Indian journal of veterinary science and animal husbandry - Volume 14,
Year: 1944
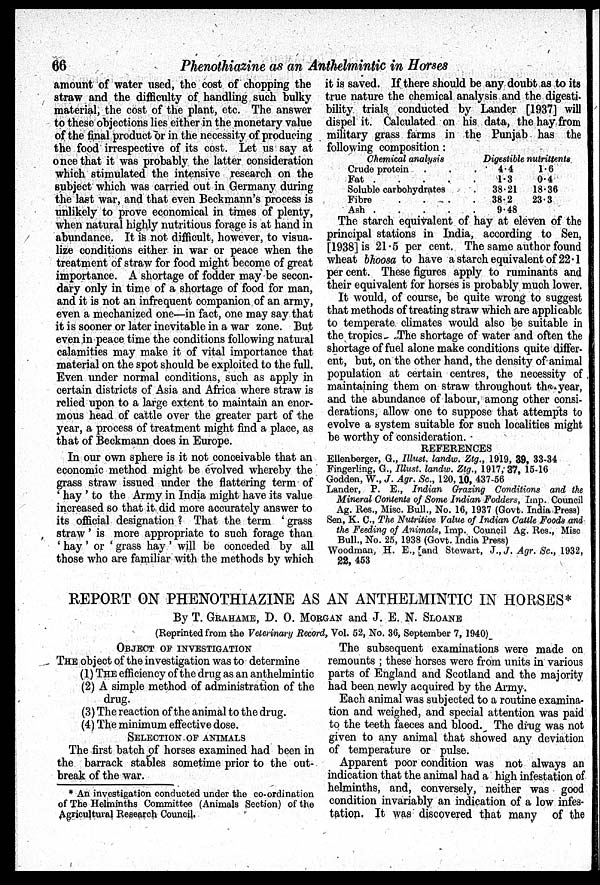
66
Phenothiazine as an Anthelmintic in Horses
amount of water used, the cost of chopping the
straw and the difficulty of handling such bulky
material, the cost of the plant, etc. The answer
to these objections lies either in the monetary value
of the final product or in the necessity of producing
the food irrespective of its cost. Let us say at
once that it was probably the latter consideration
which stimulated the intensive research on the
subject which was carried out in Germany during
the last war, and that even Beckmann's process is
unlikely to prove economical in times of plenty,
when natural highly nutritious forage is at hand in
abundance. It is not difficult, however, to visua-
lize conditions either in war or peace when the
treatment of straw for food might become of great
importance. A shortage of fodder may be secon-
dary only in time of a shortage of food for man,
and it is not an infrequent companion of an army,
even a mechanized one—in fact, one may say that
it is sooner or later inevitable in a war zone. But
even in peace time the conditions following natural
calamities may make it of vital importance that
material on the spot should be exploited to the full.
Even under normal conditions, such as apply in
certain districts of Asia and Africa where straw is
relied upon to a large extent to maintain an enor-
mous head of cattle over the greater part of the
year, a process of treatment might find a place, as
that of Beckmann does in Europe.
In our own sphere is it not conceivable that an
economic method might be evolved whereby the
grass straw issued under the flattering term of
' hay ' to the Army in India might have its value
increased so that it did more accurately answer to
its official designation ? That the term ' grass
straw' is more appropriate to such forage than
' hay ' or ' grass hay ' will be conceded by all
those who are familiar with the methods by which
it is saved. If there should be any doubt as to its
true nature the chemical analysis and the digesti-
bility trials conducted by Lander [1937] will
dispel it. Calculated on his data, the hay from
military grass farms in the Punjab has the
following composition:
Chemical analysis
Crude protein
Fat .
Soluble carbohydrates
Fibre
Ash .
.
.
.
Digestible nutrittents
.
4.4
1.6
1.3 0.4
.
38.21
18.30
.
38.2
23.3
9.48
The starch equivalent of hay at eleven of the
principal stations in India, according to Sen,
[1938] is 21.5 per cent. The same author found
wheat bhoosa to have a starch equivalent of 22.1
per cent. These figures apply to ruminants and
their equivalent for horses is probably much lower.
It would, of course, be quite wrong to suggest
that methods of treating straw which are applicable
to temperate climates would also be suitable in
the tropics. The shortage of water and often the
shortage of fuel alone make conditions quite differ-
ent, but, on the other hand, the density of animal
population at certain centres, the necessity of
maintaining them on straw throughout the year,
and the abundance of labour, among other consi-
derations, allow one to suppose that attempts to
evolve a system suitable for such localities might
be worthy of consideration.
REFERENCES
Ellenberger, G., Illust. landw. Ztg., 1919, 39, 33-4
Fingerling, G., Illust. landw. Ztg., 1917, 37, 15-16
Godden, W., J. Agr. Sc., 120, 10, 437-56
Lander, P. E., Indian Grazing Conditions and the
Mineral Contents of Some Indian Fodders, Imp. Council
Ag. Res., Misc. Bull., No. 16, 1937 (Govt. India Press)
Sen, K. C., The Nutritive Value of Indian Cattle Foods and
the Feeding of Animals, Imp. Council Ag. Res., Misc
Bull., No. 25, 1938 (Govt. India Press)
Woodman, H. E., and Stewart, J., J. Agr. Sc., 1932,
22, 453
REPORT ON PHENOTHIAZINE AS AN ANTHELMINTIC IN HORSES*
By T. GRAHAME, D. O. MORGAN and J. E. N. SLOANE
(Reprinted from the Veterinary Record, Vol. 52, No. 36, September 7, 1940)
OBJECT OF INVESTIGATION
THE object of the investigation was to determine
(1) THE efficiency of the drug as an anthelmintic
(2) A simple method of administration of the
drug.
(3) The reaction of the animal to the drug.
(4) The minimum effective dose.
SELECTION OF ANIMALS
The first batch of horses examined had been in
the barrack stables sometime prior to the out-
break of the war.
The subsequent examinations were made on
remounts ; these horses were from units in various
parts of England and Scotland and the majority
had been newly acquired by the Army.
Each animal was subjected to a routine examina-
tion and weighed, and special attention was paid
to the teeth faeces and blood. The drug was not
given to any animal that showed any deviation
of temperature or pulse.
Apparent poor condition was not always an
indication that the animal had a high infestation of
helminths, and, conversely, neither was good
condition invariably an indication of a low infes-
tation. It was discovered that many of the
* An investigation conducted under the co-ordination
of The Helminths Committee (Animals Section) of the
Agricultural Research Council.